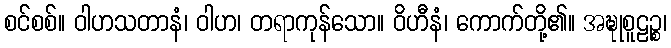
စင်စစ်။ ဝါဟသတာနံ၊ ဝါဟ၊ တရာကုန်သော။ ဝိဟီနံ၊ ကောက်တို့၏။ အဍ္ဎုစူဠဉ္စ၊